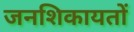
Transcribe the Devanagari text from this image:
जनशिकायतों